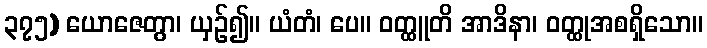
၃၇၅) ယောဇေတွာ၊ ယှဉ်၍။ ယံတံ၊ ပေ။ ဝတ္ထူတိ အာဒိနာ၊ ဝတ္ထုအစရှိသော။